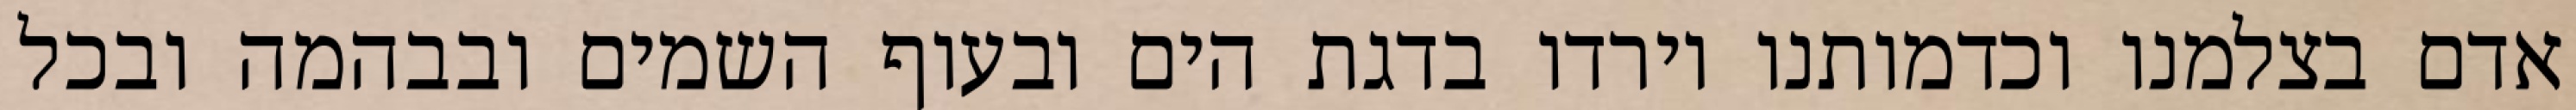
אדם בצלמנו וכדמותנו וירדו בדגת הים ובעוף השמים ובבהמה ובכל